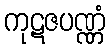
ကုဋဇပဏ္ဏံ